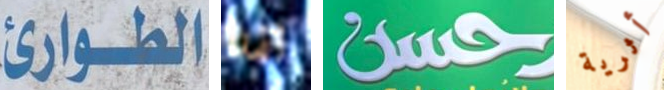
الطوارئ لقد حسن أثرية